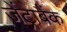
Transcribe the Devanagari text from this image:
जेंट्राबैंक